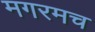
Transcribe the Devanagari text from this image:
मगरमच